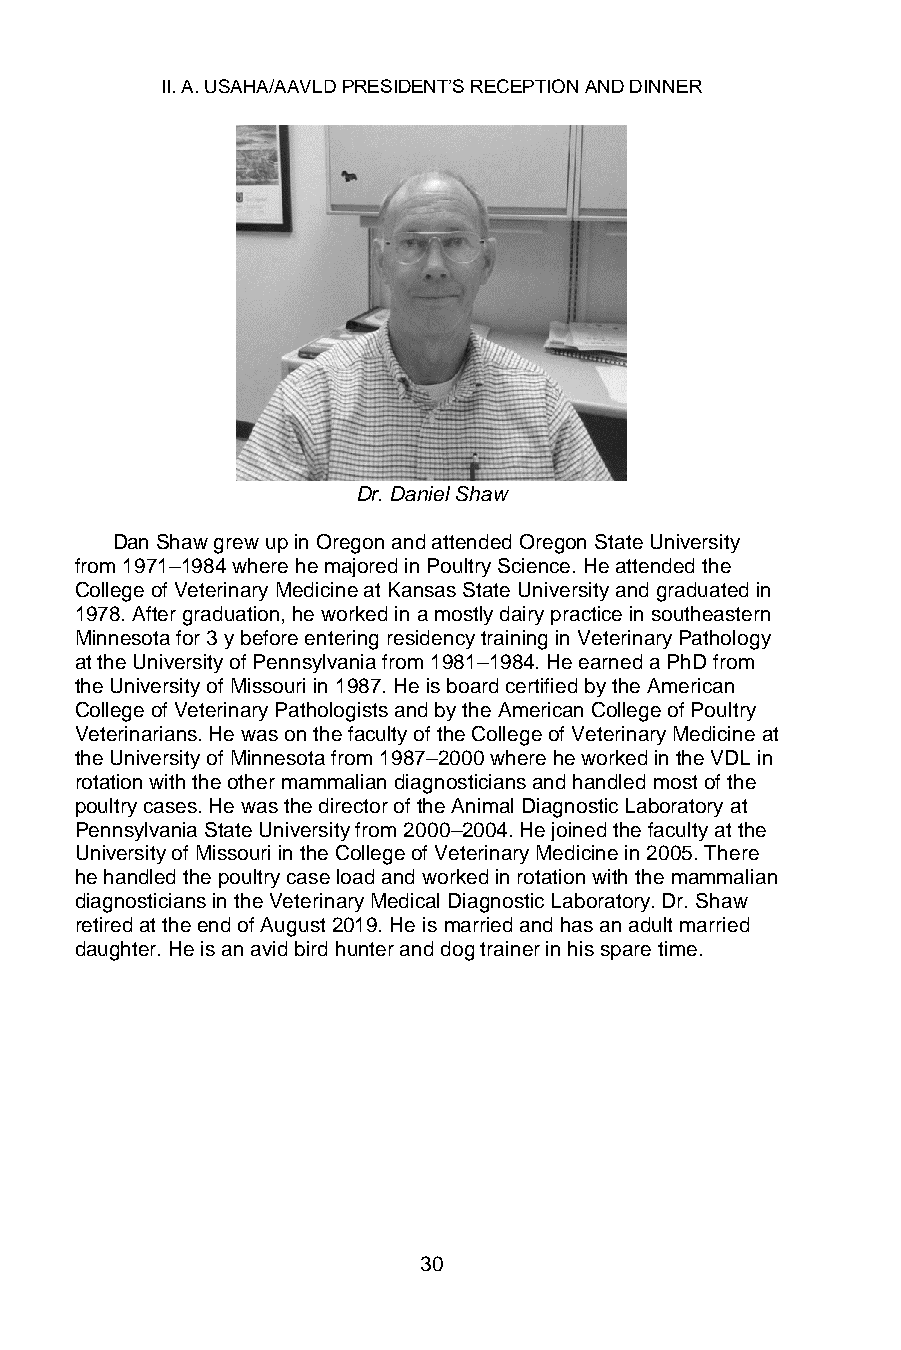
II. A. USAHA/AAVLD PRESIDENT’S RECEPTION AND DINNER
 Dr. Daniel Shaw
 Dan Shaw grew up in Oregon and attended Oregon State University
 from 1971–1984 where he majored in Poultry Science. He attended the
 College of Veterinary Medicine at Kansas State University and graduated in
 1978. After graduation, he worked in a mostly dairy practice in southeastern
 Minnesota for 3 y before entering residency training in Veterinary Pathology
 at the University of Pennsylvania from 1981–1984. He earned a PhD from
 the University of Missouri in 1987. He is board certified by the American
 College of Veterinary Pathologists and by the American College of Poultry
 Veterinarians. He was on the faculty of the College of Veterinary Medicine at
 the University of Minnesota from 1987–2000 where he worked in the VDL in
 rotation with the other mammalian diagnosticians and handled most of the
 poultry cases. He was the director of the Animal Diagnostic Laboratory at
 Pennsylvania State University from 2000–2004. He joined the faculty at the
 University of Missouri in the College of Veterinary Medicine in 2005. There
 he handled the poultry case load and worked in rotation with the mammalian
 diagnosticians in the Veterinary Medical Diagnostic Laboratory. Dr. Shaw
 retired at the end of August 2019. He is married and has an adult married
 daughter. He is an avid bird hunter and dog trainer in his spare time.
 30